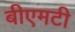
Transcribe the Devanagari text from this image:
बीएमटी